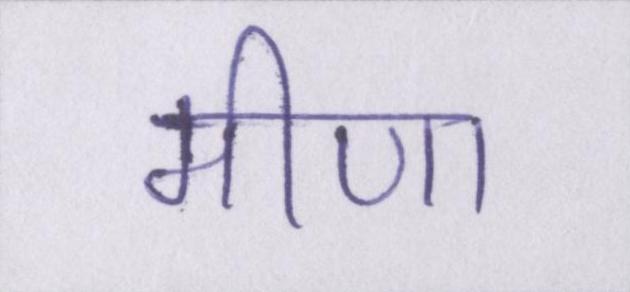
मीणा